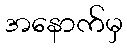
အနောက်မှ